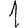
Digit: 1